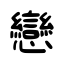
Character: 戀